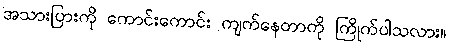
အသားပြားကို ကောင်းကောင်း ကျက်နေတာကို ကြိုက်ပါသလား။